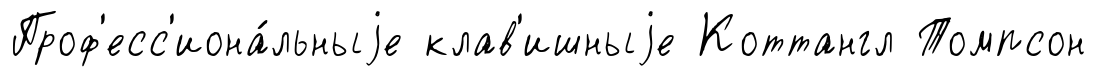
Проф'есс'иона́льныjе клав'ишныjе Коттангл Томпсон